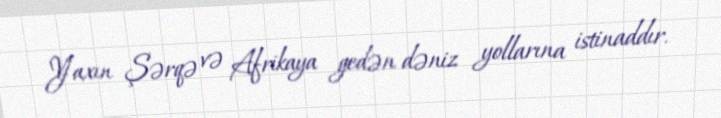
Yaxın Şərqə və Afrikaya gedən dəniz yollarına istinaddır.